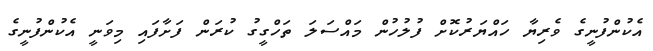
އެކުންފުނީގެ ވެރިޔާ ހައްޔަރުކޮށް ފުލުހުން މައްސަލަ ތަހްގީގު ކުރަން ފަށާފައި މިވަނީ އެކުންފުނީގެ